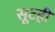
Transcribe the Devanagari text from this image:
सूटही